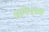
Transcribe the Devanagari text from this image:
मेनिएक्स